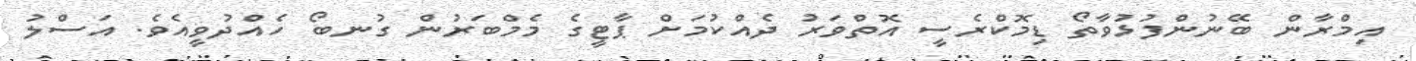
އިމްރާން ބޭނުންފުޅުވާތޯ ޑިމޮކްރެސީ އޮތްވަރު ދެއްކުމަށް ޕާޓީގެ މެމްބަރުން ގުނބޯ ހެއްދުވީއެވެ. އަސްލު